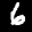
Label: 6